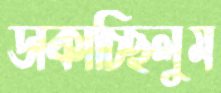
ডাকাচ্ছিলুম